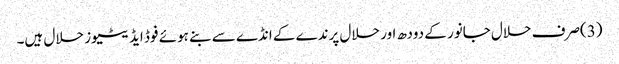
(3)صرف حلال جانور کے دودھ اور حلال پرندے کے انڈے سے بنے ہوئے فوڈ ایڈیٹیوز حلال ہیں۔